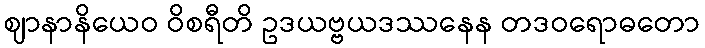
ဈာနာနိယေဝ ဝိစရီတိ ဥဒယဗ္ဗယဒဿနေန တဒဝရောဓတော